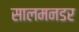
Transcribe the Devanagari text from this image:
सालमनडर